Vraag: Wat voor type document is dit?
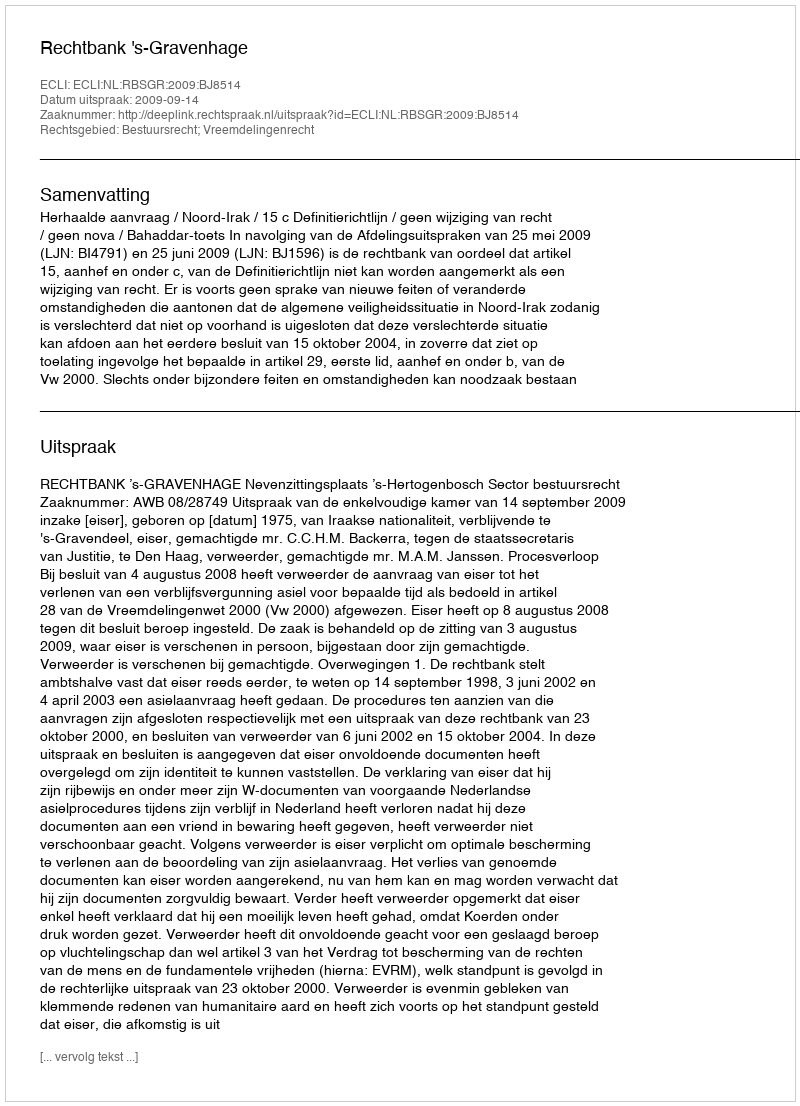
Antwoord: Uitspraak